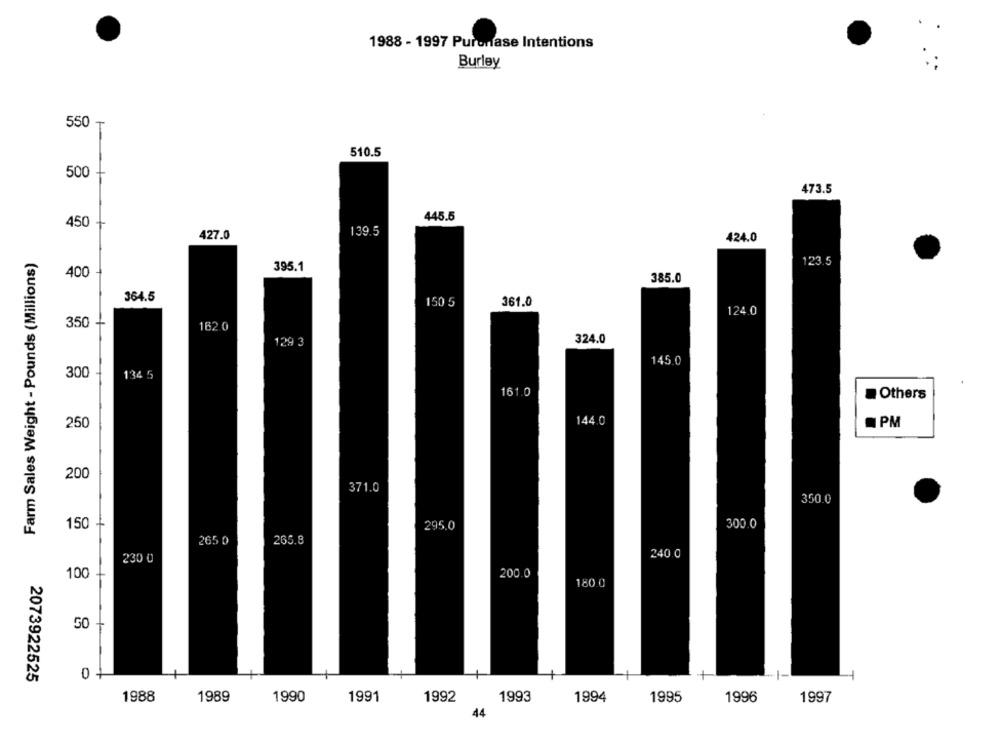
1988 - 1997 Puronase Intentions
Burley
550
510.5
500
473.5
450
445.5
139.5
427.0
424.0
Farm Sales Weight - Pounds (Millions)
395.1
23.5
400
385.0
364.5
150 5
361.0
124.0
350
162 0
129 3
324.0
145.0
300
134 5
161.0
Others
250
144.0
PM
200
371.0
350.0
150
295.0
300 0
265 0
265.8
240 0
230 0
100
200.0
180 0
50
1
0 +
2073922525
1989
1990
1991
1992
1993
1994
1995
1996
1997
1988
44